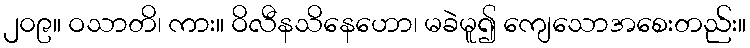
၂၀၉။ ဝသာတိ၊ ကား။ ဝိလီနသိနေဟော၊ မခဲမူ၍ ကျေသောအစေးတည်း။